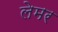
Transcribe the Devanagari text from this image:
लेमर